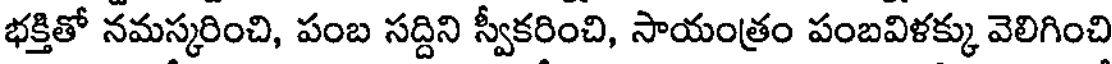
భక్తితో నమస్కరించి, పంబ సద్దిని స్వీకరించి, సాయంత్రం పంబవిళక్కు వెలిగించి